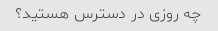
چه روزی در دسترس هستید؟